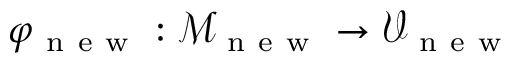
\varphi _ { \mathrm { ~ n ~ e ~ w ~ } } : \mathcal { M } _ { \mathrm { ~ n ~ e ~ w ~ } } \to \mathcal { V } _ { \mathrm { ~ n ~ e ~ w ~ } }